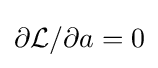
\partial {\mathcal {L}}/\partial a=0